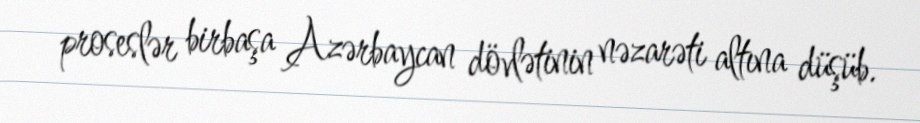
proseslər birbaşa Azərbaycan dövlətinin nəzarəti altına düşüb.